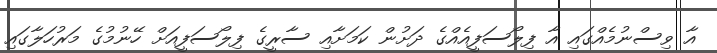
އާ ވިސްނުމެއްގައި އާ ފިލޯސަފީއެއްގެ ދަށުން ކަމަށާއި ސާރީގެ ފިލޯސަފީއަށް ހޭނުމުގެ މަރުހަލާގައި